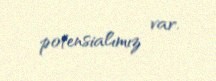
potensialımız var.